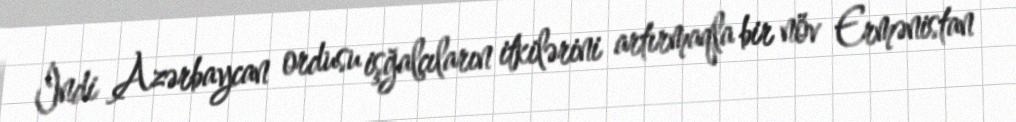
İndi Azərbaycan ordusu işğalçıların itkilərini artırmaqla bir növ Ermənistan